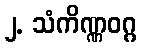
၂. သံကိဏ္ဏဝဂ္ဂ